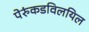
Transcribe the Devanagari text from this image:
पेरुंकडविलयिल